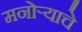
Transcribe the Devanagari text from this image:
मनोऱ्याचे